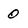
Character: 0